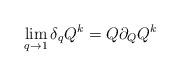
LaTeX: \begin{align*} \lim_{q \to 1} \delta_q Q^k = Q \partial_Q Q^k \end{align*}